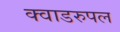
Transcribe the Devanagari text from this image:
क्वाडरुपल